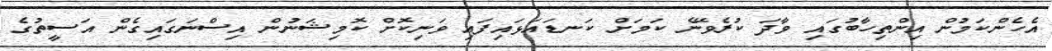
އެހެންކަމުން އިންތިހާބުގައި ވާދަ ކުރެވޭނެ ކަމަށް ކަނޑައަޅައިފައި ވަނިކޮށް ކޮމިޝަނުން އިސްނަގައިގެން އަސީތުގެ